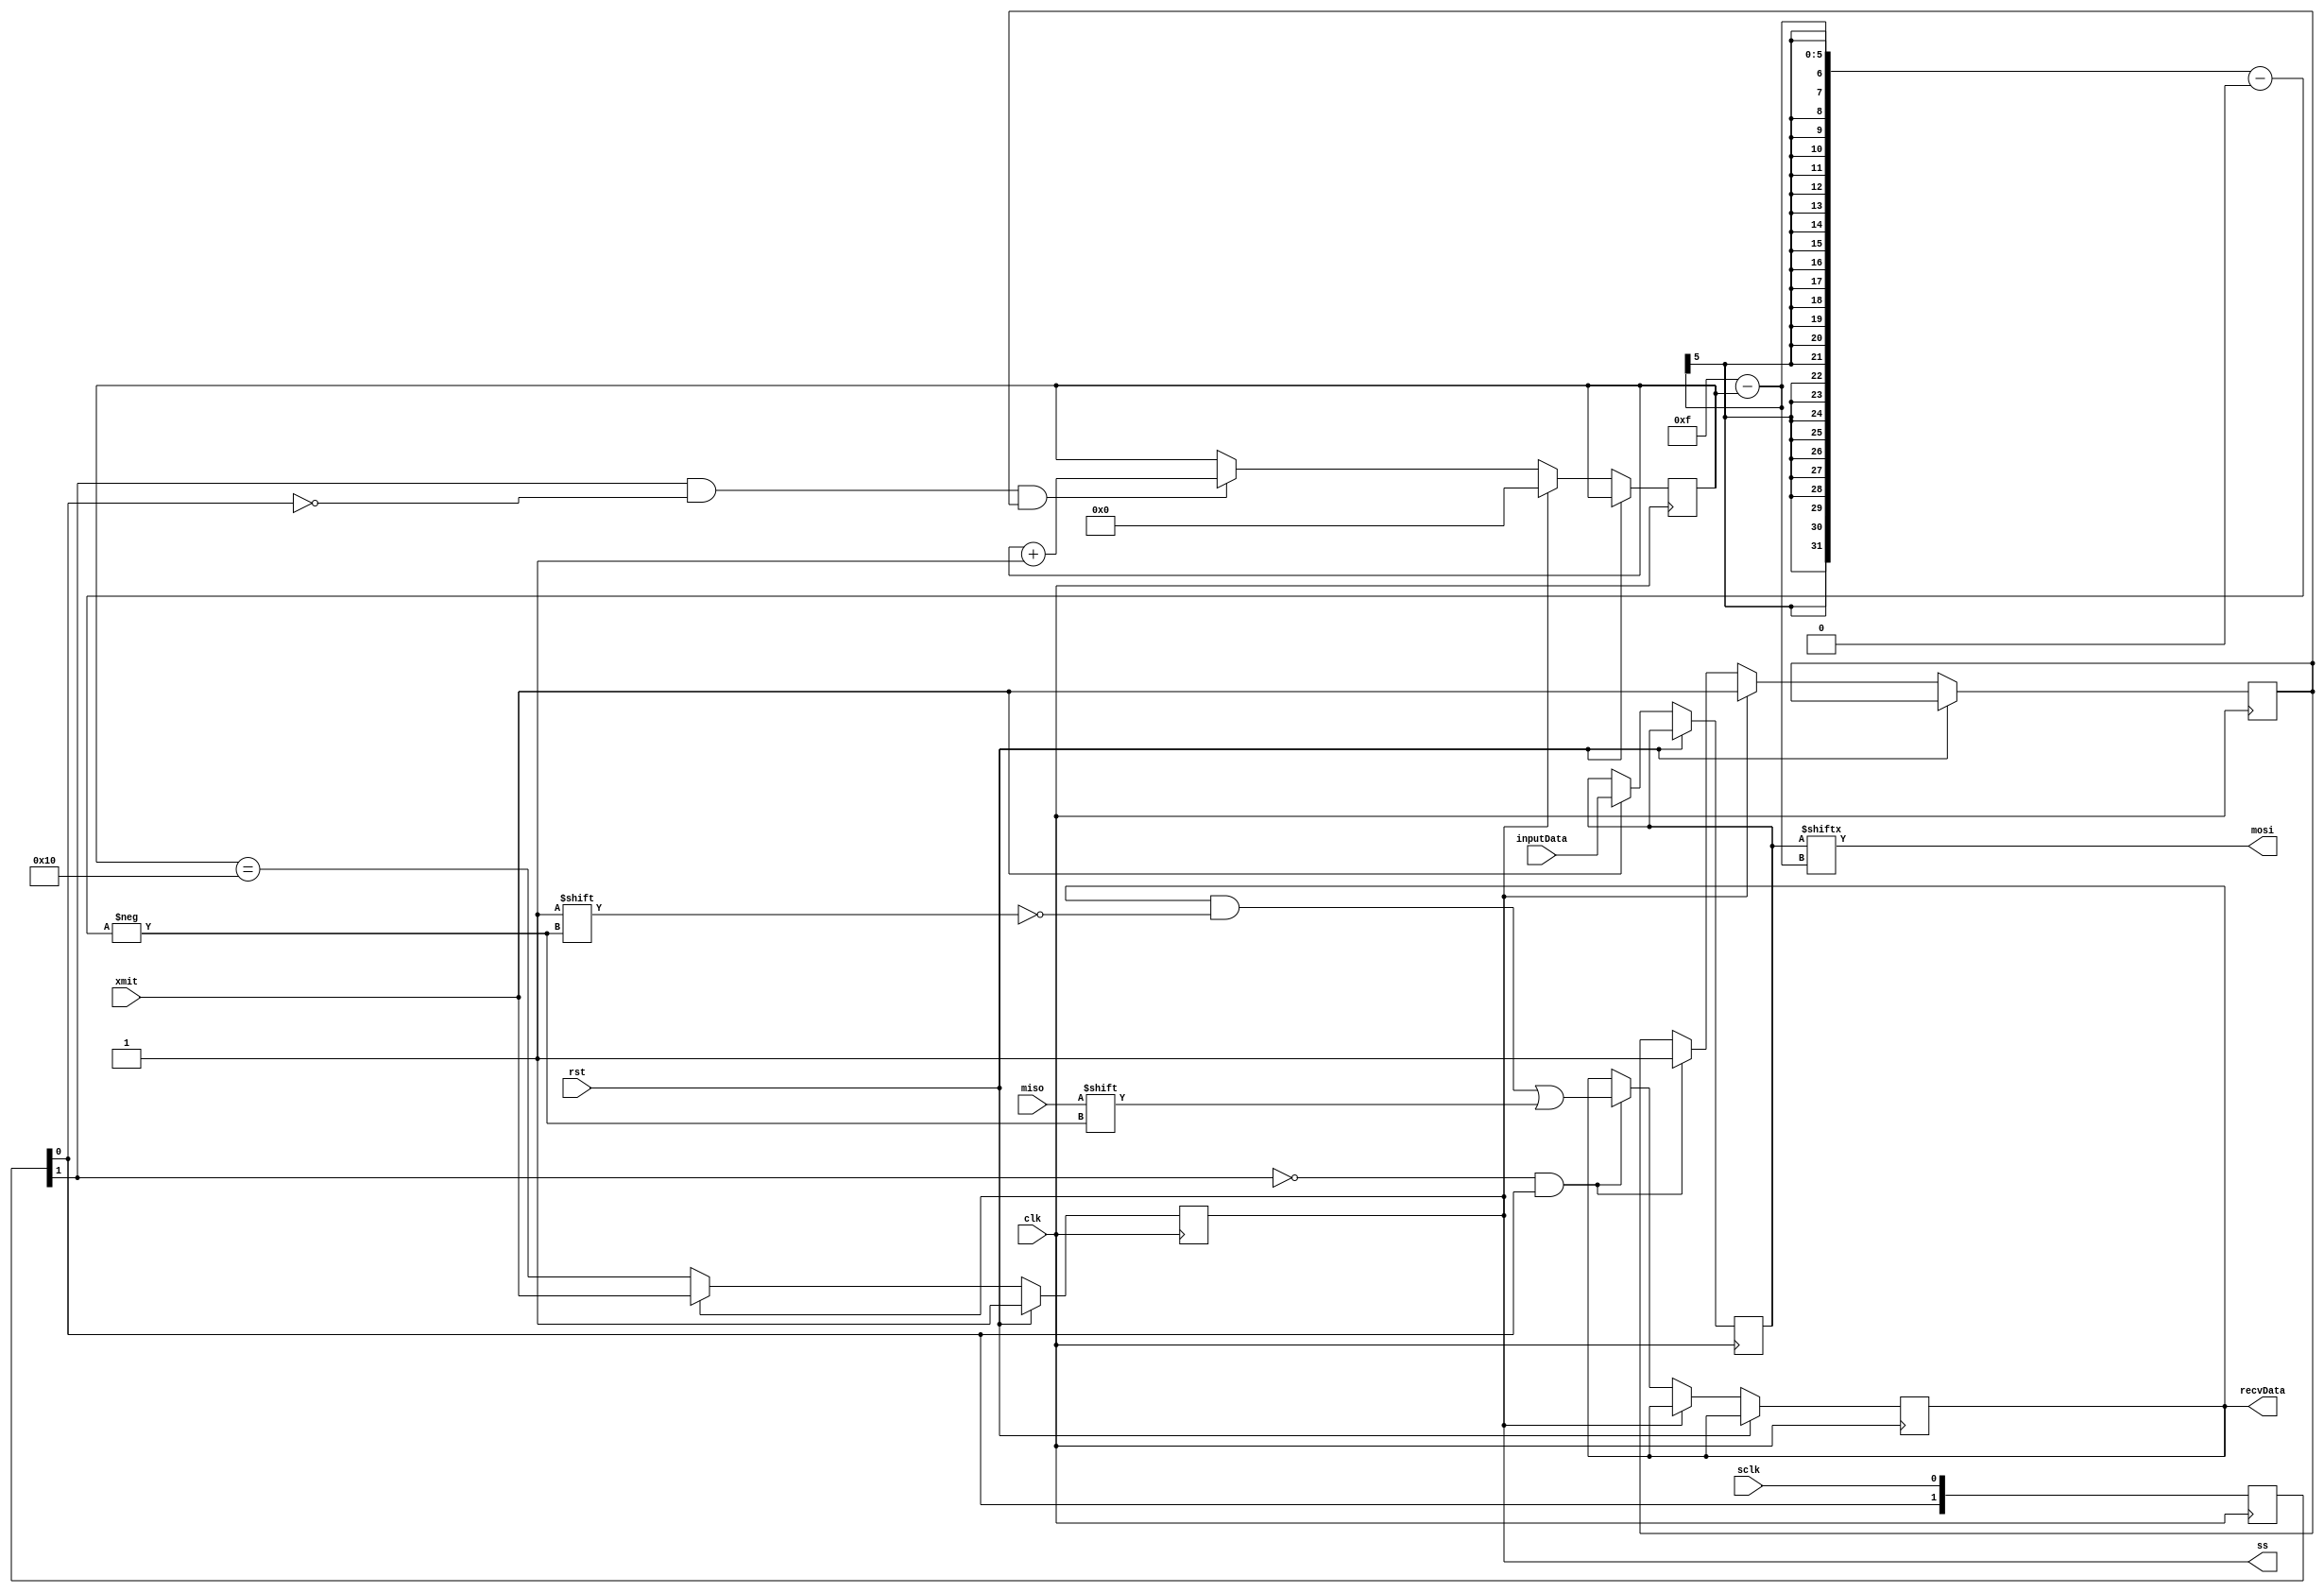
module spi_master_3 (
    input clk,  // clock
    input rst,  // reset
    input xmit,
    input sclk,  //spi clock baby
    input wire [15:0]inputData,
    output reg [15:0]recvData,
    input miso,
    output wire mosi,
    output reg ss
  );
  reg [4:0]curbit;
  reg [1:0] sclk_state;
  reg state;
  reg init_flag;
  reg [15:0]xmitData;
  /* Combinational Logic */
  assign mosi = xmitData[15-curbit];
  always @* begin
    
  end
  
  /* Sequential Logic */
  always @(posedge clk) begin
    sclk_state[1] <= sclk_state[0];
    sclk_state[0] <= sclk;
    
    if (rst) begin
      ss <= 1;  
    end 
    else 
    begin
      if(ss == 0 ) //we should begin the transaction
      begin
        if(sclk_state[1] == 1 && sclk_state[0] == 0 && init_flag) begin //falling edge
        // on falling edge of spi clock alter the bit, we are outputting
            curbit <= curbit + 1;
        end
        if(sclk_state[1] == 0 && sclk_state[0] == 1) begin //rising edge
        //rising edge of spi clock, clock in our bit
          init_flag <= 1;
          recvData[15-curbit] <= miso;
        end
      
        ss <= (curbit == 16);  //set to high when curbit hits 16, we are done with transaction at that time
      end
      else
      begin
          curbit <= 0;
          ss <= xmit;
          init_flag <= xmit;  //compensates for the case when we see a falling edge before the rising edge
                               //at the beginning of a transaction
      end
      if(xmit==1)
       begin
         xmitData <= inputData;
       end
     
  end
  
  
  end /* sequential logic end */
  
endmodule